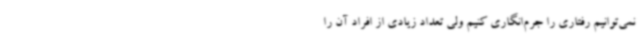
نمی‌توانیم رفتاری را جرم‌انگاری کنیم ولی تعداد زیادی از افراد آن را